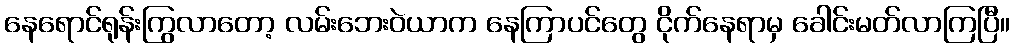
နေရောင်ရုန်းကြွလာတော့ လမ်းဘေးဝဲယာက နေကြာပင်တွေ ငိုက်နေရာမှ ခေါင်းမတ်လာကြပြီ။